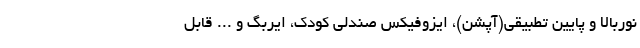
نوربالا و پایین تطبیقی(آپشن)، ایزوفیکس صندلی کودک، ایربگ و ... قابل